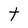
Character: t